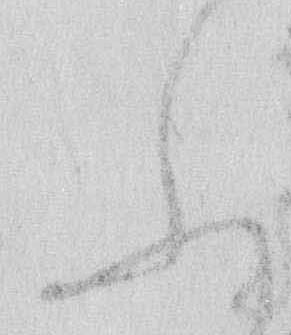
ふ